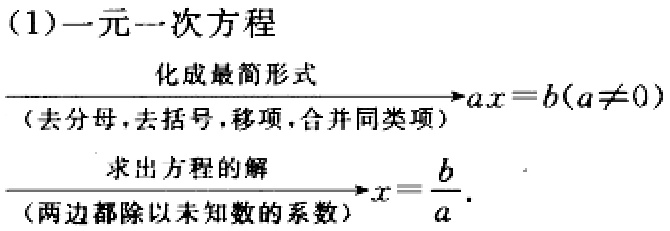
(1)一元一次方程

\[

\xrightarrow[\text{(去分母，去括号，移项，合并同类项)}]{\text{化成最简形式}} ax = b(a\neq0)

\]

\[

\xrightarrow[\text{(两边都除以未知数的系数)}]{\text{求出方程的解}} x=\frac{b}{a}.

\]